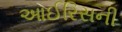
આઈરિસની